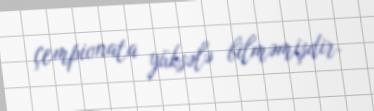
çempionata yüksələ bilməmişdir.